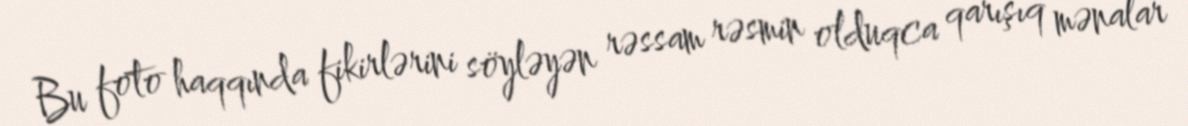
Bu foto haqqında fikirlərini söyləyən rəssam rəsmin olduqca qarışıq mənalar